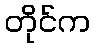
တိုင်က